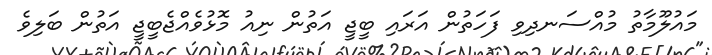
މައުލޫމާތު މުއްސަނދިވި ފަހަތުން އަރައި ބީޖީ އަތުން ނިއު މޮޅުވެއްޖެބީޖީ އަތުން ބަލިވެ